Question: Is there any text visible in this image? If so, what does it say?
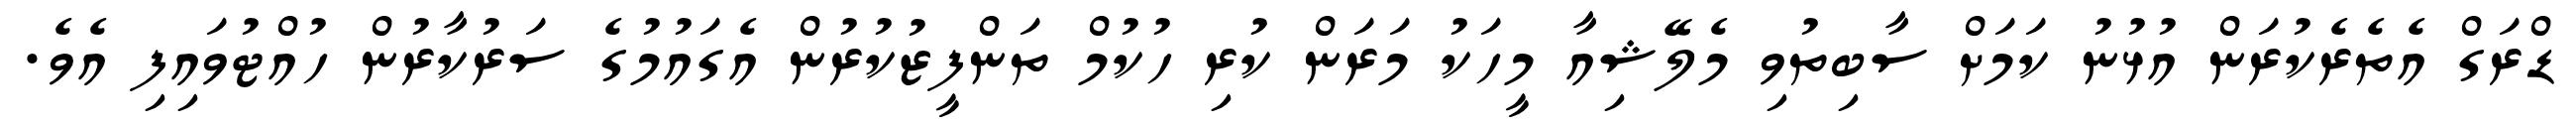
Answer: ޑްރަގް އެތެރެކުރަން އުޅުނު ކަމަށް ސާބިތުވި މެލޭޝިއާ މީހަކު މަރަން ކުރި ހުކުމް ތަންފީޒުކުރުން އެގައުމުގެ ސަރުކާރުން ހުއްޓުވައިފި އެވެ.